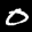
Label: 0